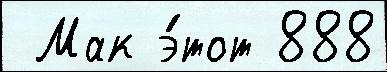
 Мак э́тот 888